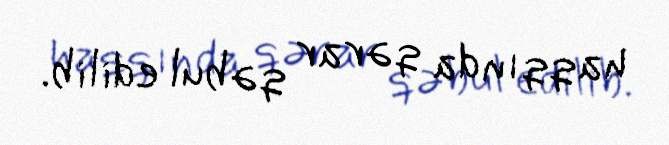
haqqında qərar qəbul edilib.